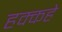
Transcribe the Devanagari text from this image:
हक्कहे